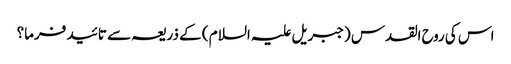
اس کی روح القدس (جبریل علیہ السلام ) کے ذریعہ سے تائید فرما؟